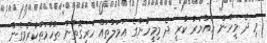
މި ދެ މީހުން ހައްޔަރު ކުރީ ދެ މިމިީހުންގެ ޢަމަލުތައް ހުރިގޮތުން ތުހުމަތުކުރެވިގެން